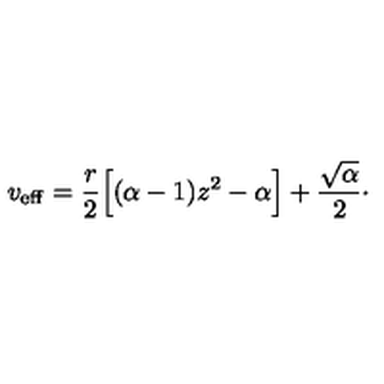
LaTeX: v _ { \mathrm { e f f } } = { \frac { r } { 2 } } \Bigl [ ( \alpha - 1 ) z ^ { 2 } - \alpha \Bigr ] + { \frac { \sqrt { \alpha } } { 2 } } \cdotp